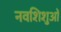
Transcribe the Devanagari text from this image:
नवशिशुओं